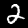
Digit: 2